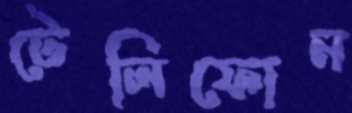
টেলিফোন